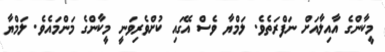
މީކާންގެ އާއިލާއަށް ނަފްރަތެވެ. ލަމްޔާ ވެސް އޭގައި ކުށްވެރިވަނީ މީކާންގެ މަންމައެވެ. ލަމްޔާ